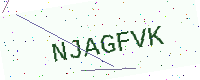
Text: NJAGFVK